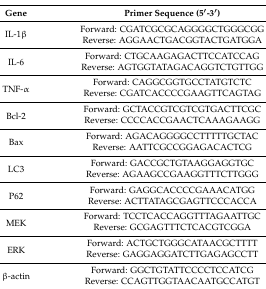
| Gene | Primer Sequence (5′-3′) |
 | --- | --- |
 | <ROWSPAN=2> IL-1β | Forward: CGATCGCGCAGGGGCTGGGCGG |
 | Reverse: AGGAACTGACGGTACTGATGGA |
 | <ROWSPAN=2> IL-6 | Forward: CTGCAAGAGACTTCCATCCAG |
 | Reverse: AGTGGTATAGACAGGTCTGTTGG |
 | <ROWSPAN=2> TNF-α | Forward: CAGGCGGTGCCTATGTCTC |
 | Reverse: CGATCACCCCGAAGTTCAGTAG |
 | <ROWSPAN=2> Bcl-2 | Forward: GCTACCGTCGTCGTGACTTCGC |
 | Reverse: CCCCACCGAACTCAAAGAAGG |
 | <ROWSPAN=2> Bax | Forward: AGACAGGGGCCTTTTTGCTAC |
 | Reverse: AATTCGCCGGAGACACTCG |
 | <ROWSPAN=2> LC3 | Forward: GACCGCTGTAAGGAGGTGC |
 | Reverse: AGAAGCCGAAGGTTTCTTGGG |
 | <ROWSPAN=2> P62 | Forward: GAGGCACCCCGAAACATGG |
 | Reverse: ACTTATAGCGAGTTCCCACCA |
 | <ROWSPAN=2> MEK | Forward: TCCTCACCAGGTTTAGAATTGC |
 | Reverse: GCGAGTTTCTCACGTCGGA |
 | <ROWSPAN=2> ERK | Forward: ACTGCTGGGCATAACGCTTTT |
 | Reverse: GAGGAGGATCTTGAGAGCCTT |
 | <ROWSPAN=2> β-actin | Forward: GGCTGTATTCCCCTCCATCG |
 | Reverse: CCAGTTGGTAACAATGCCATGT |